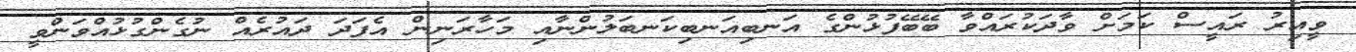
ވީއިރު ރައީސް ކަމަށް ވާދަކުރައްވާ ބޭބޭފުޅުންގެ އަނބިއަނބިކަނބަލުންނާއި މަހާރަނިން އެފަދަ ދައުރެއް ނުގެންގުޅުއްވަންވީ